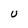
Character: U